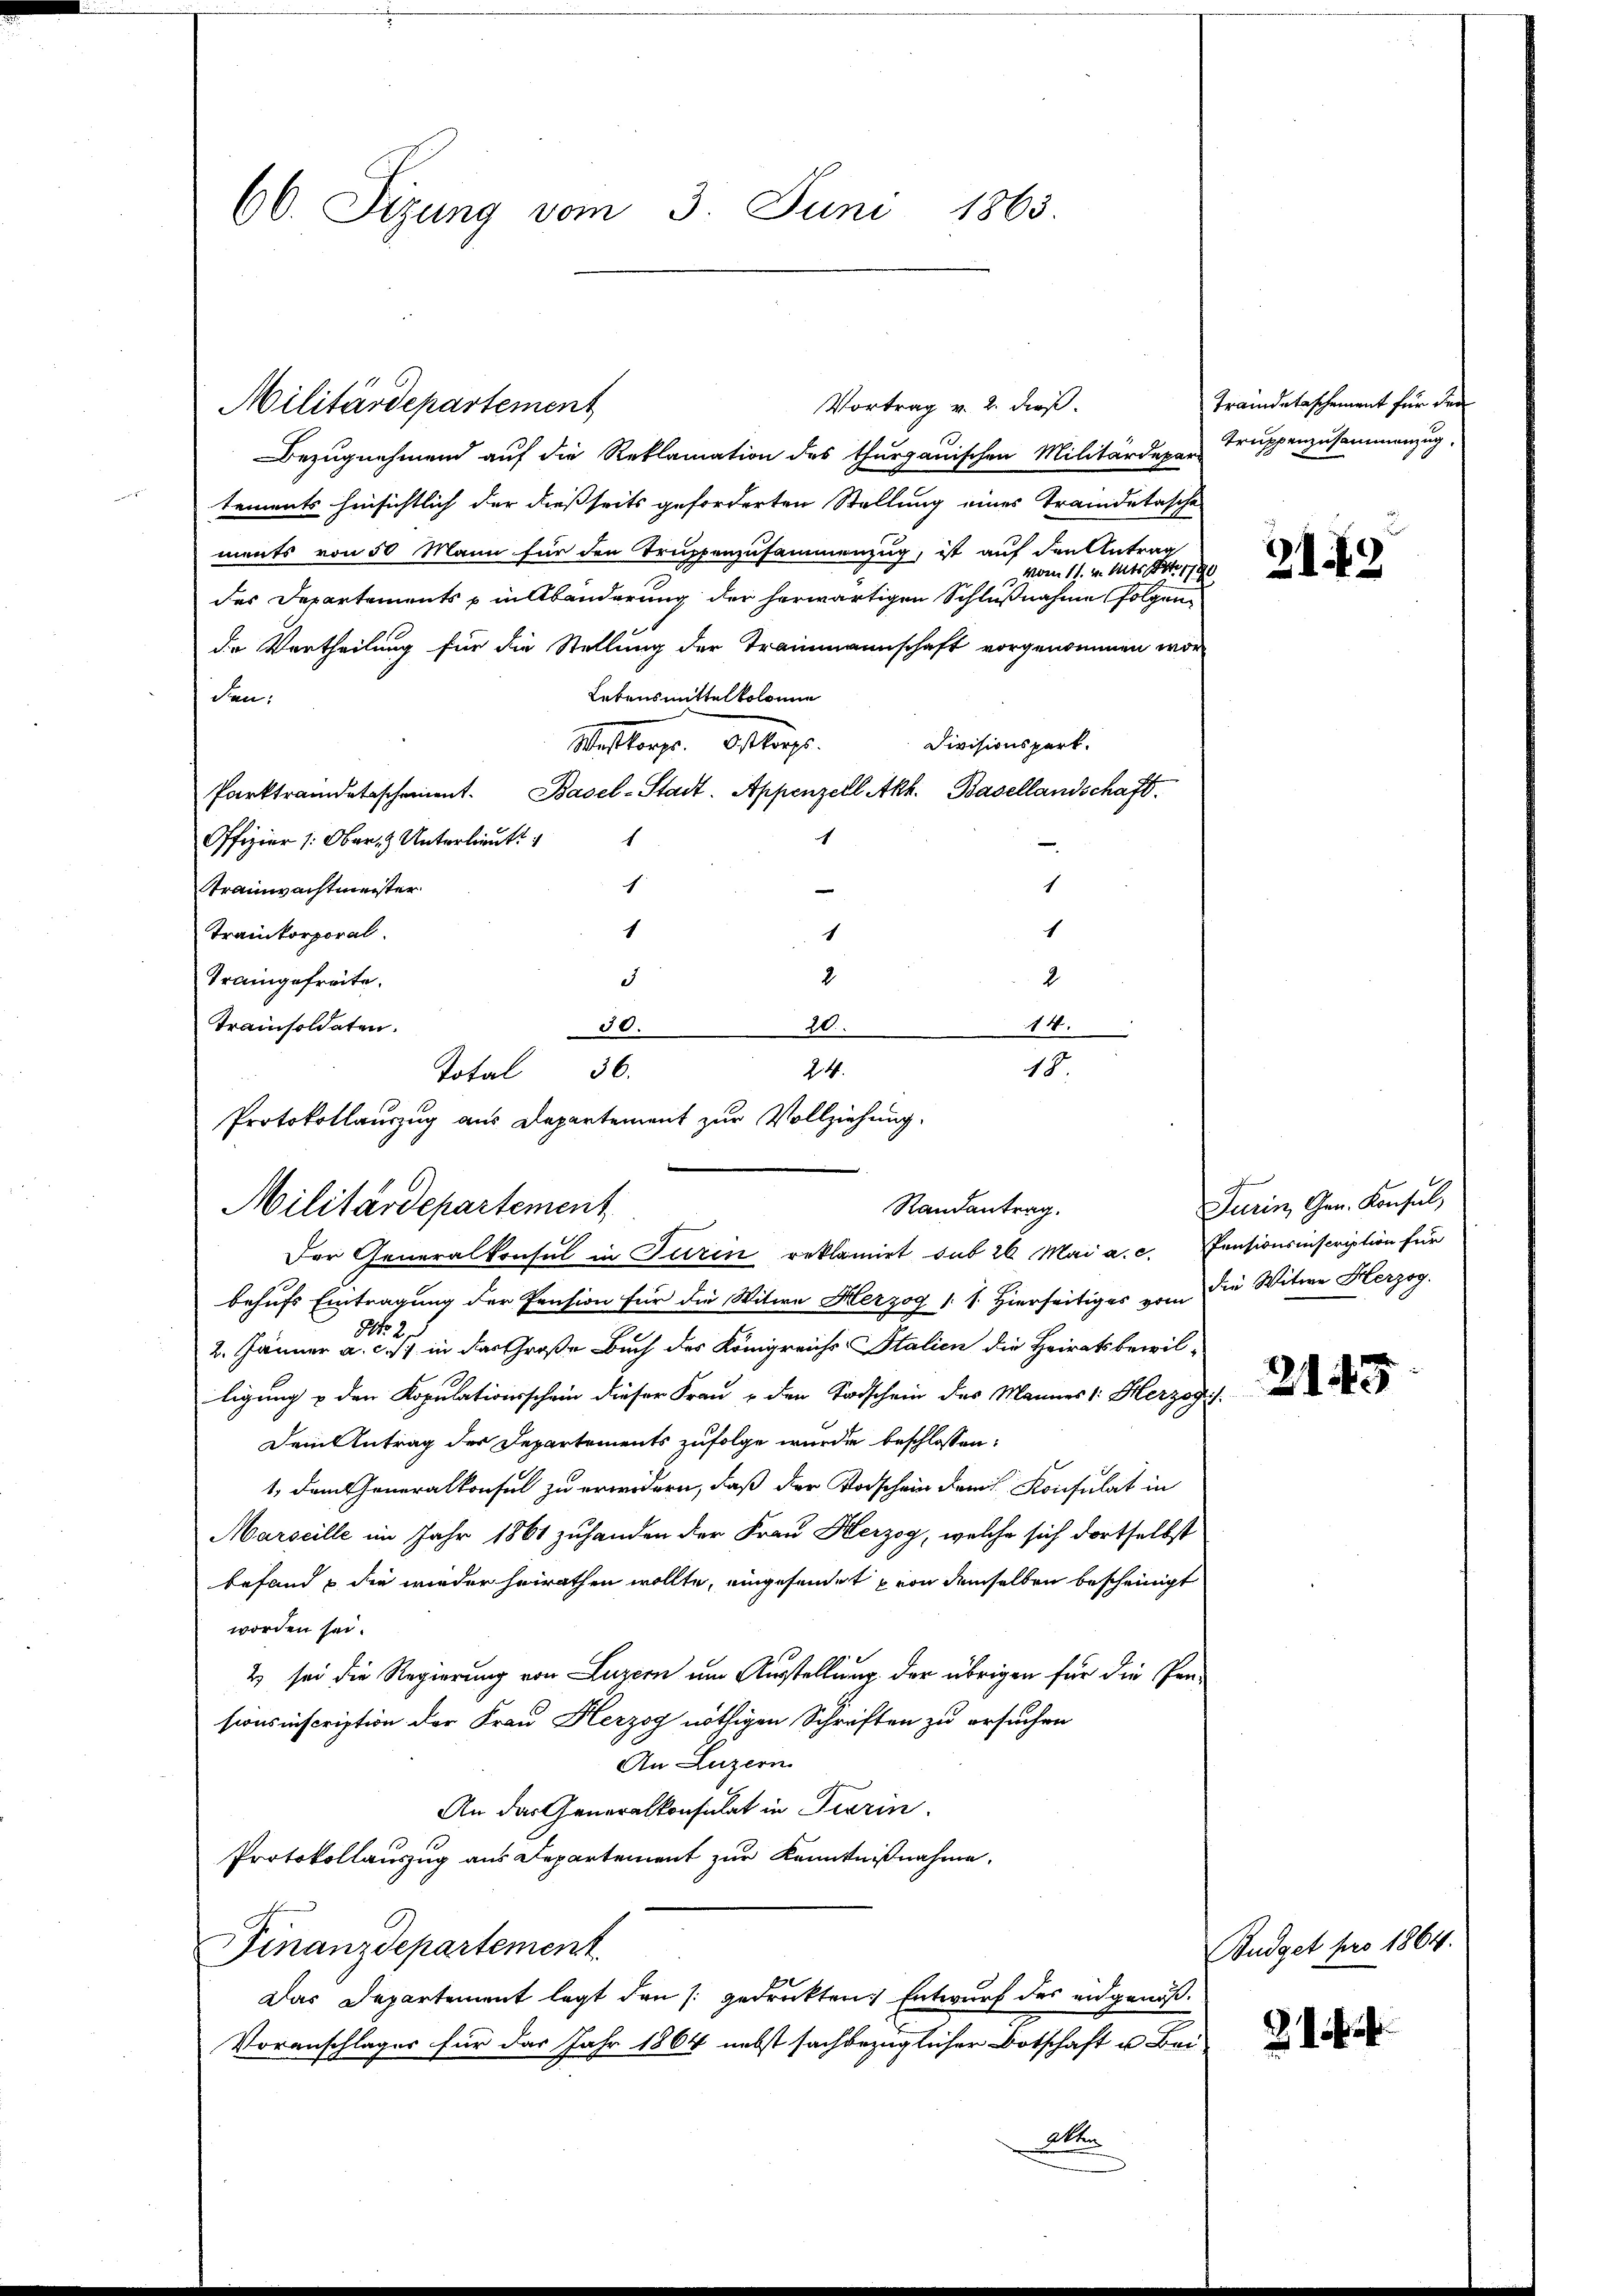
60. Sizung vom 3. Juni 1863.

Militärdepartement

Vortrag v. 2. dieß.
Bezugnehmend auf die Reklamation des thurgauischen Militärdepar Truppenzusammenzug
tements hinsichtlich der dießseits geforderten Stellung eines Tramidetasche
ments von 50 Mann für den Truppenzusammenzug, ist auf den Antrag
vom 11. v. Mts. Art. 1790
des Departements p in Abänderung der herwärtigen Schlußnahme folgende Vortheilung für die Stellung der Trammannschaft vorgenommen wor
Lebensmittelkolonie
den:
Divisionspart.
Westkorps. Ostkorps.
Parktrandetschement. Basel-Stadt, Appenzell Akh. Basellandschaft.
h
1
Offizier /: Ober- & Unterlieut
c
Trainwachtmeister
1
1
Trankorporal.
1
2
d
Traingefreite.
2
Trainsoldaten.
14.
50.
20.
18.
24
Total 36.
Protokollauszug aus Departement zur Vollziehung.

Militärdepartement
Randanterg.

Der Generalkonsul in Turin reklamiet sub 26. Mai a. c. Pensionsinscription für
behufs Eintragung der Pension für die Witwe Herzog 1. s. Hierseitiges vom Die Witwe Herzog.
No. 2.
2. Jänner a. c. s. in das Große Buch des Königreichs- Stalien die Heiratsbewil-
ligung & den Kopulationsschein dieser Frau & den Todschein des Mannes: Herzogi
Dem Antrag der Departements zufolge wurde beschlossen:
1, dem Generalkonsel zu erwidern, daß der Vorschein dem Konsulat in
Marseille im Jahr 1861 zuhanden der Frau Herzog, welche sich dortselbst
befand & die wieder heirathen wollte, eingesendet von demselben bescheinigt
worden sei.
2 sei die Regierung von Luzern um Ausstellung der übrigen für die Per-
sionsinscription der Frau Herzog nöthigen Schriften zu ersuchen
An Luzern
An das Generalkonsulat in Tierin.
Protokollauszug aus Departement zur Kenntnißnahme.
Finanzdepartement
1
Das Departement legt den s. gedruckten Entwurf des eidgenoß¬
Voranschlages für das Jahr 1864 nebst sachbezüglicher Botschaft u. Bei-
Akten

Traindeteschement für den

219

Turin, Gen. Konsul

2145

Budget pro 1864.

a